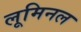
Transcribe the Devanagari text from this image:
लूमिनल